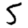
Digit: 5